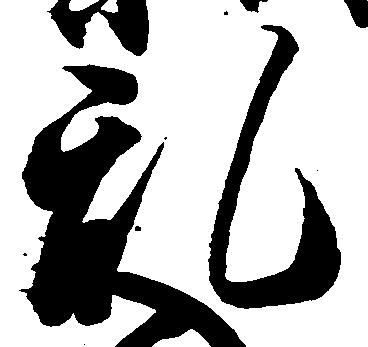
乱